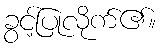
ခွင့်ပြုလိုက်၏။